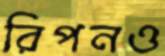
রিপনও